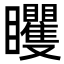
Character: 䂄